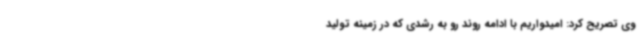
وی تصریح کرد: امیدواریم با ادامه روند رو به رشدی که در زمینه تولید